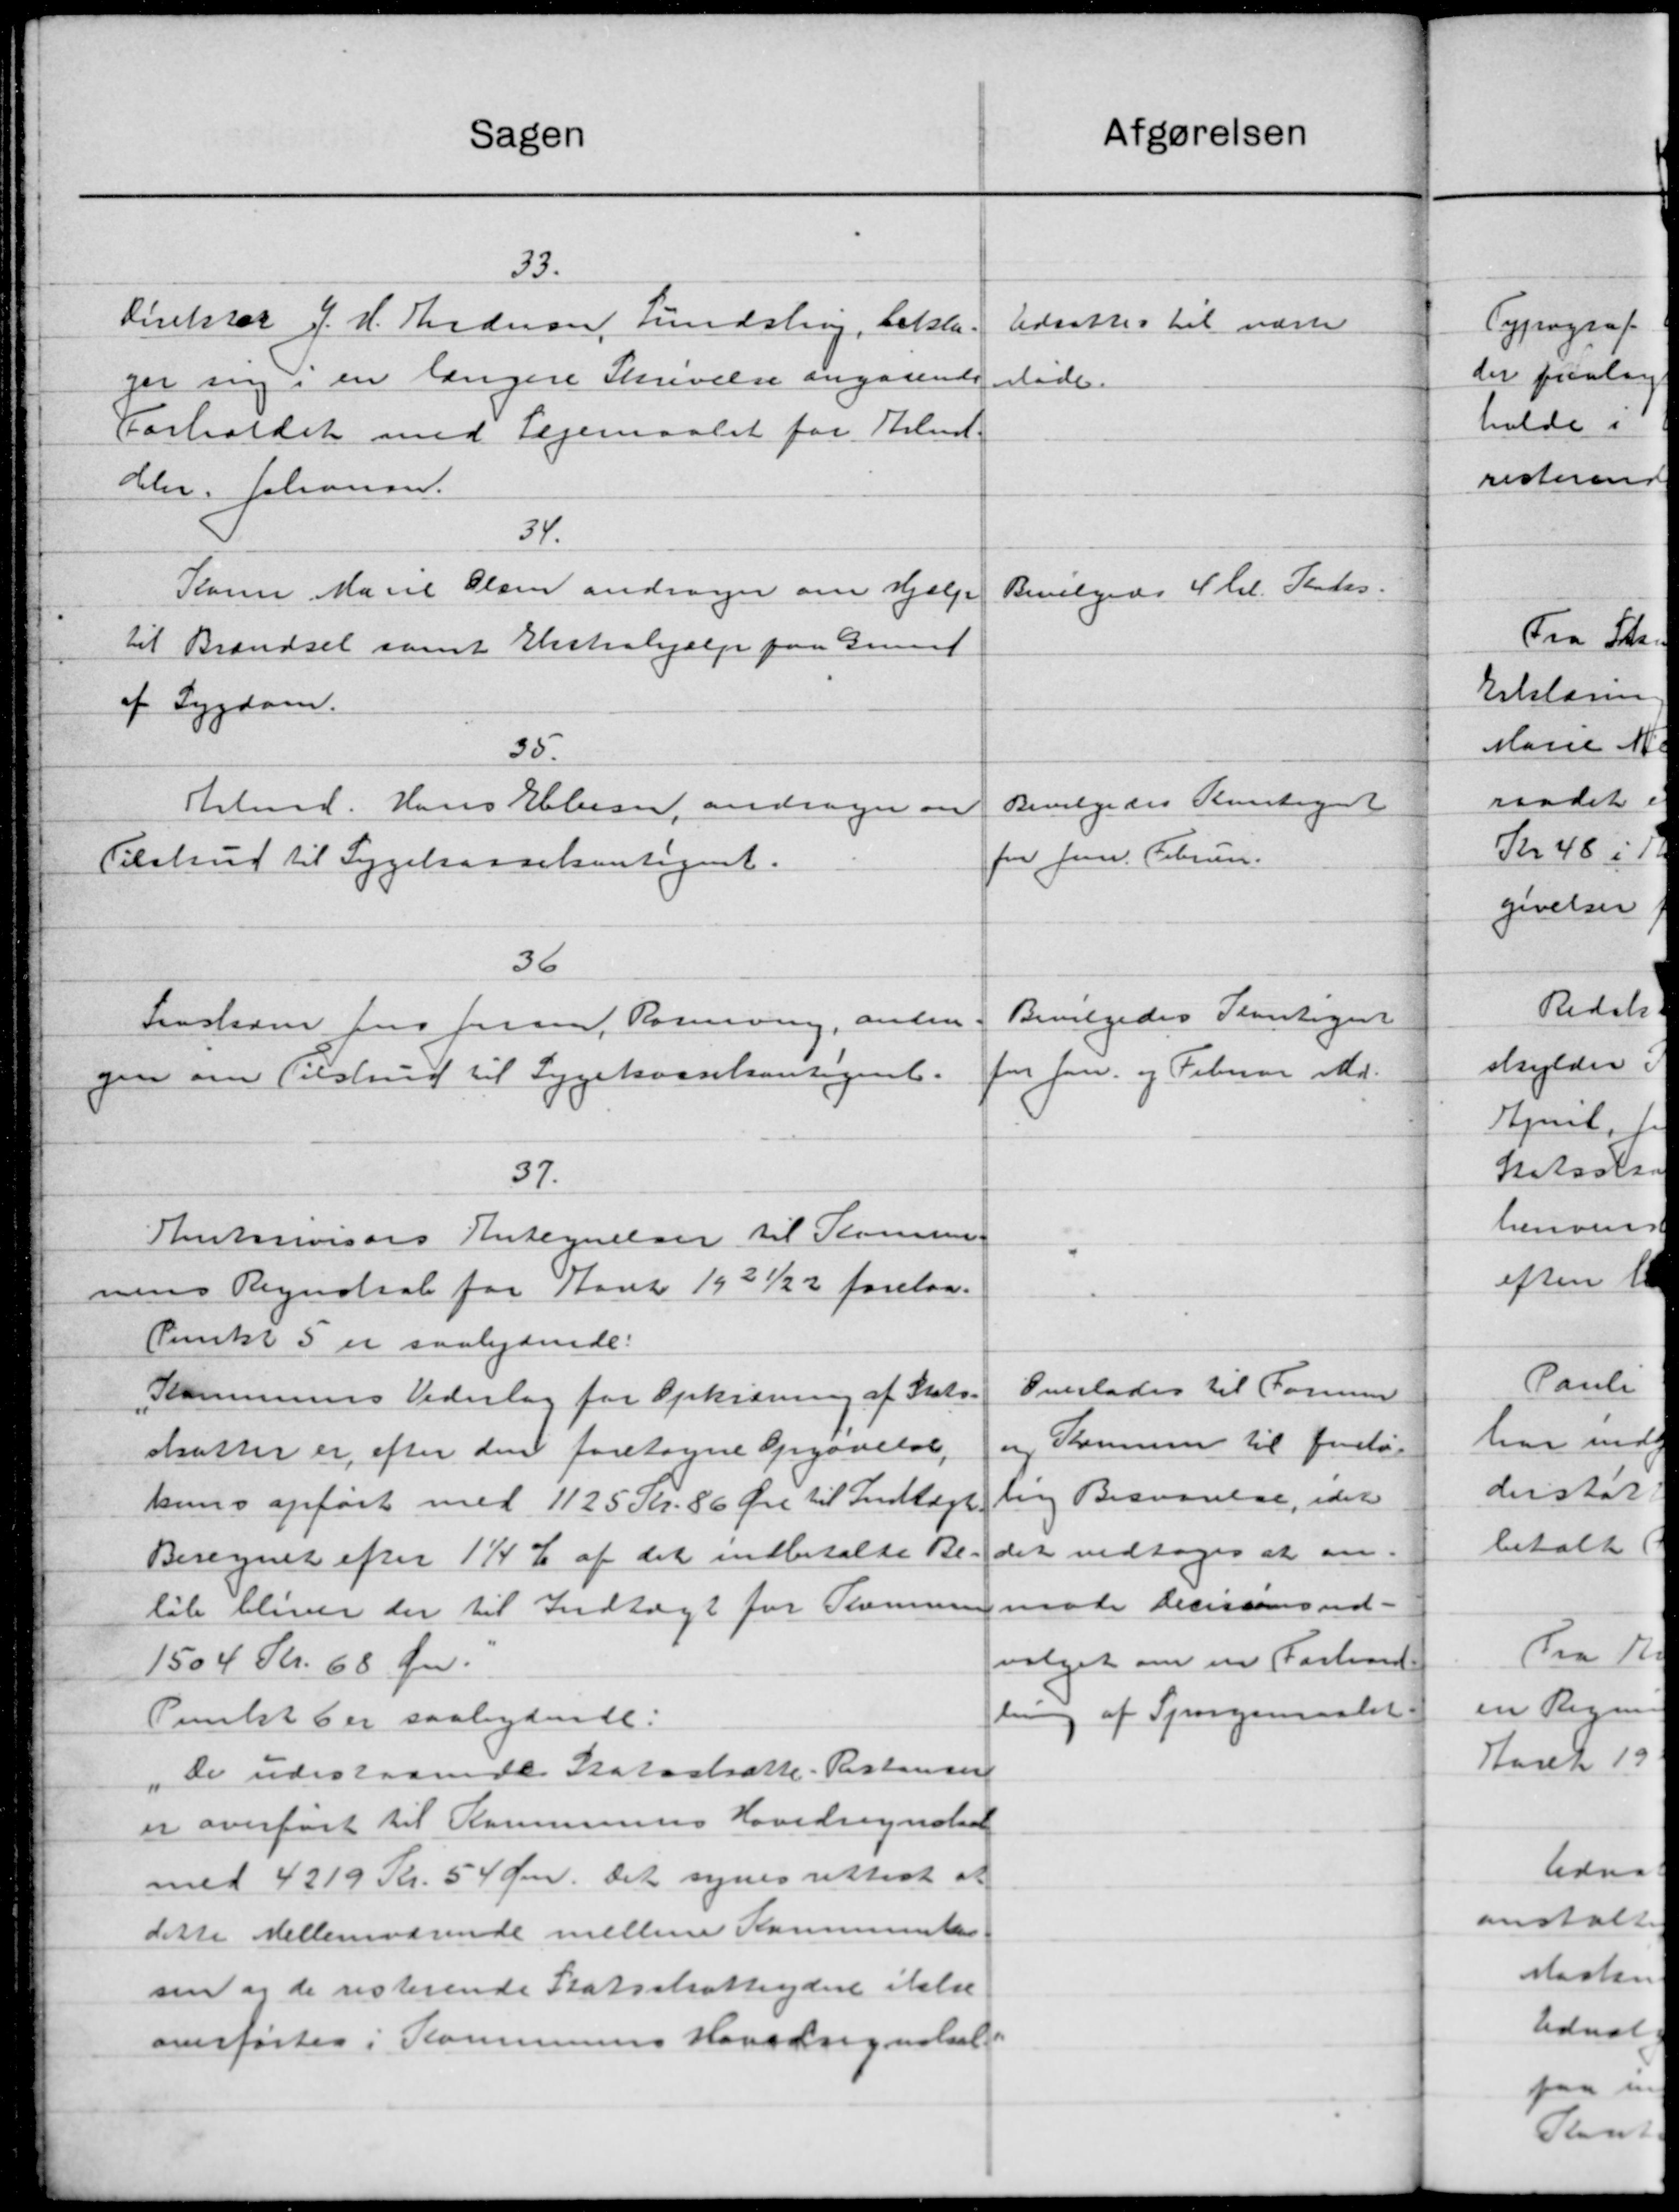
Transskription:
Sagen
33.
Direkter J. H. Andersen, Lundstrup, bekla
ger sig en længere Skrivelse angaaende
Forholdet med Lejemaalet for Arbmd.
Chr. Johanner.
34.
Karen Marie Olsen andrager om Hjælp
til Brændsel samt Hustrahjælp paa Grund
af Sygdom.
35.
Arbmd. Hans Ebbesen, andrager om
Tilstrud til Sygekassekontignet.
36
Fraskarm Jens Jensen, Rosing, anden
gen om Tilstrud til Sygekassekontigent.
37.
Antrivisors Antegnelser til Kommu-
nens Regnskab for Aaret 1921/22 forelaa
Punkt 5 er saalydende:
Kommunens Vederlag for Opkiæring af Stats-
skatter er efter den foretagne Opgørelse,
kuns opført med 1125 Kr. 86 Øre til Indtægt
Beregnet efter 1½ % af det indbetalte Be
løb bliver der til Indtægt for Stemme
1504 Kr. 68 Øre.
Pulst 6 er saalydende:
De udestaaende Skatastsatte - Ristensen
"
er overført til Kommunes Hovedregnskab
med 4219 Kr. 54 Øre. Det synes rettest at
dette Mellemværende mellem Kommunel
sen af de resterende Statsskatteydere ikke
overførtes i Kommunens Havedregnskab